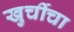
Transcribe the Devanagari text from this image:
खुर्चीचा